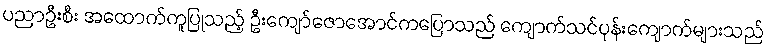
ပညာဦးစီး အထောက်ကူပြုသည့် ဦးကျော်ဇောအောင်ကပြောသည် ကျောက်သင်ပုန်းကျောက်များသည်